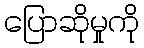
ပြောဆိုမှုကို